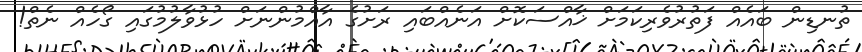
ތުނޑިން ބައެއް ފަތުރުވެރިކަމަށް ޚާއްސަކޮށް އަނެއްބައި ރަށުގެ އާއްމުންނަށް ހުޅުވާލުމުގައި ގޯހެއް ނެތް!